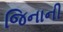
જિનાની